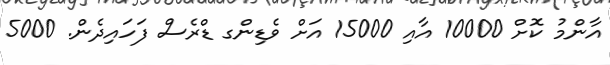
އާންމު ކޮށް 10000 އާއި 15000 އަށް ވެޑިންގ ޑްރެސް ފަހައިދެން. 5000